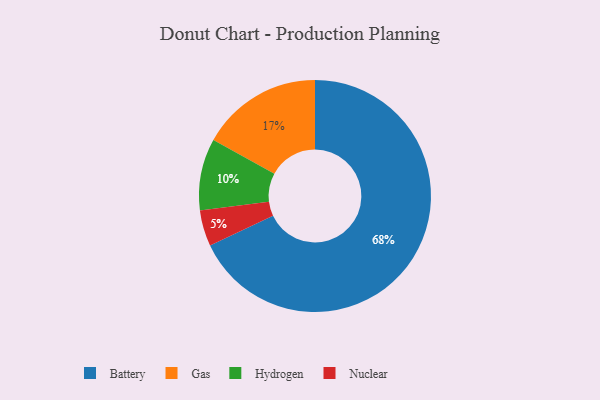
{"axis": {"x": "Category", "y": "Percentage"}, "legend": ["Battery", "Gas", "Hydrogen", "Nuclear"], "data": [{"x": "Battery", "y": 68, "type": "Battery"}, {"x": "Hydrogen", "y": 10, "type": "Hydrogen"}, {"x": "Nuclear", "y": 5, "type": "Nuclear"}, {"x": "Gas", "y": 17, "type": "Gas"}]}